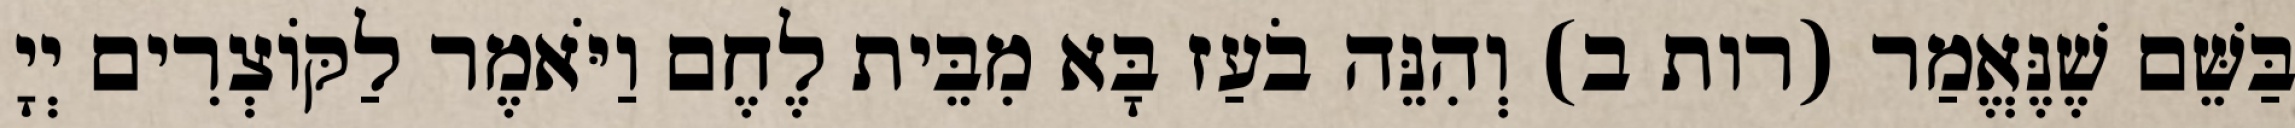
בַּשֵּׁם שֶׁנֶּאֱמַר (רות ב) וְהִנֵּה בֹעַז בָּא מִבֵּית לֶחֶם וַיֹּאמֶר לַקּוֹצְרִים יְיָ